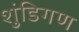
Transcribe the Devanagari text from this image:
शुंडिगण